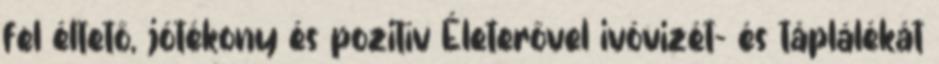
fel éltető, jótékony és pozitív Életerővel ivóvizét- és táplálékát